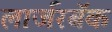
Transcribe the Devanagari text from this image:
लार्जरबॅक